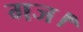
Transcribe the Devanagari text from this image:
गज।